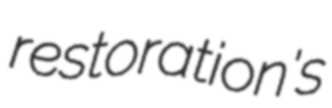
restoration's